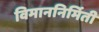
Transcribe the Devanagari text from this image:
विमाननिर्मिती